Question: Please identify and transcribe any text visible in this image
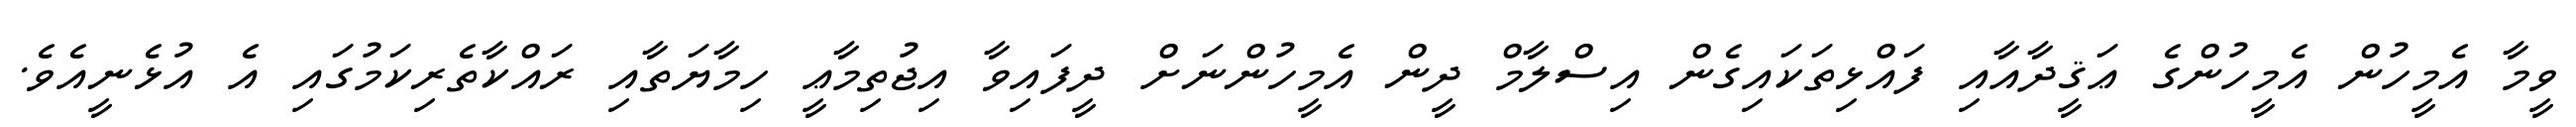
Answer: ވީމާ އެމީހުން އެމީހުންގެ ޢަޤީދާއާއި ފައްޅިތަކައިގެން އިސްލާމް ދީން އެމީހުންނަށް ދީފައިވާ އިޖުތިމާޢީ ހިމާޔަތާއި ރައްކާތެރިކަމުގައި އެ އުޅެނީއެވެ.